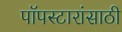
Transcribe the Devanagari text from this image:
पॉपस्टारांसाठी